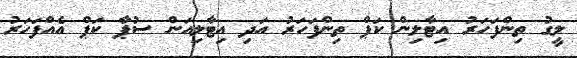
ލީގު ތިންފަހަރު އިޓާލިން ކަޕް ތިންފަހަރު އަދި އިޓާލިއަން ސުޕާ ކަޕް އެއްފަހަރު